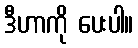
ဒီဟာကို ပေးပါ။